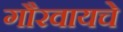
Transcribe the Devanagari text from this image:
गौरवायचे